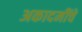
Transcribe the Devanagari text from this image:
अकादमींचे